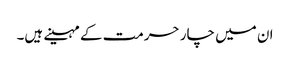
ان میں چار حرمت کے مہینے ہیں۔